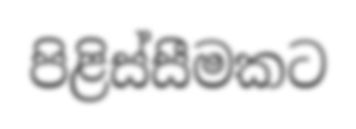
පිළිස්සීමකට